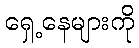
ရှေ့နေများကို